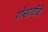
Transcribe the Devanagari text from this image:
गोसावींचे